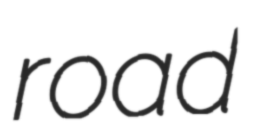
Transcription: road